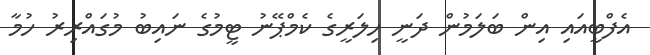
އެފްބީއައި އިން ބަލަމުން ދަނީ ހިލަރީގެ ކެމްޕޭނު ޓީމުގެ ނައިބު މުގައްރިރު ހުމާ